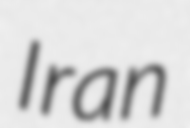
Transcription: Iran